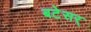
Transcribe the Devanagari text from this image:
बटेसर्